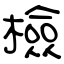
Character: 檢